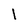
Character: I